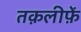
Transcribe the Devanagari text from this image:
तक़लीफ़ें